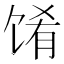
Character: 𬳁